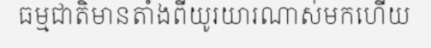
ធម្មជាតិមានតាំងពីយូរយារណាស់មកហើយ